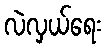
လဲလှယ်ရေး